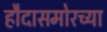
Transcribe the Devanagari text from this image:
हौदासमोरच्या